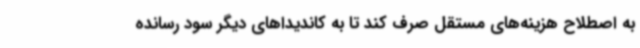
به اصطلاح هزینه‌های مستقل صرف کند تا به کاندیداهای دیگر سود رسانده